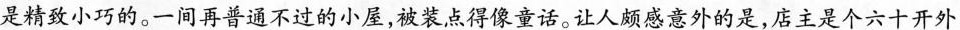
是精致小巧的。一间再普通不过的小屋,被装点得像童话。让人颇感意外的是,店主是个六十开外